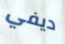
ديفي